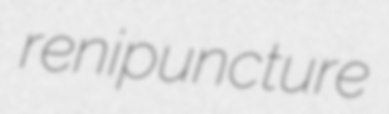
renipuncture